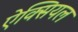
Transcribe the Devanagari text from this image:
ऐक्सियल